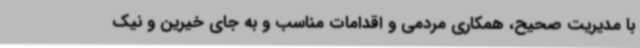
با مدیریت صحیح، همکاری مردمی و اقدامات مناسب و به جای خیرین و نیک